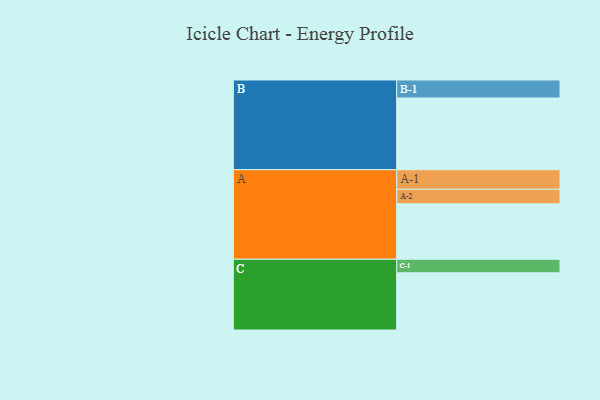
{"axis": {"x": "Segment", "y": "Value"}, "legend": ["", "A", "B", "C"], "data": [{"x": "A", "y": 413, "type": ""}, {"x": "B", "y": 534, "type": ""}, {"x": "C", "y": 426, "type": ""}, {"x": "A-1", "y": 146, "type": "A"}, {"x": "A-2", "y": 108, "type": "A"}, {"x": "B-1", "y": 134, "type": "B"}, {"x": "C-1", "y": 101, "type": "C"}]}